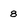
Character: 8